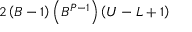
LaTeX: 2 \left( B - 1 \right) \left( B ^ { P - 1 } \right) \left( U - L + 1 \right)